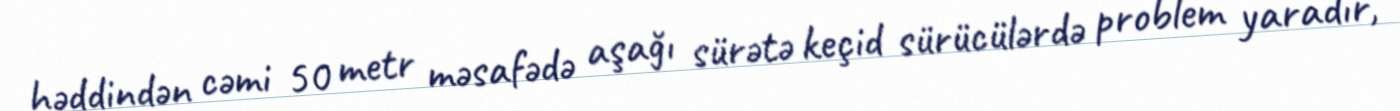
həddindən cəmi 50 metr məsafədə aşağı sürətə keçid sürücülərdə problem yaradır,